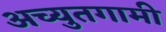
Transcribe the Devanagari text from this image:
अच्युतगामी